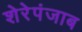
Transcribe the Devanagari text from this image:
शेरेपंजाब